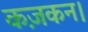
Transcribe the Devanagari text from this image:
कज़कन।